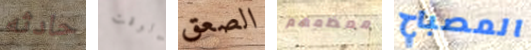
حادثه الوقت الصعق معظمهم المصباح